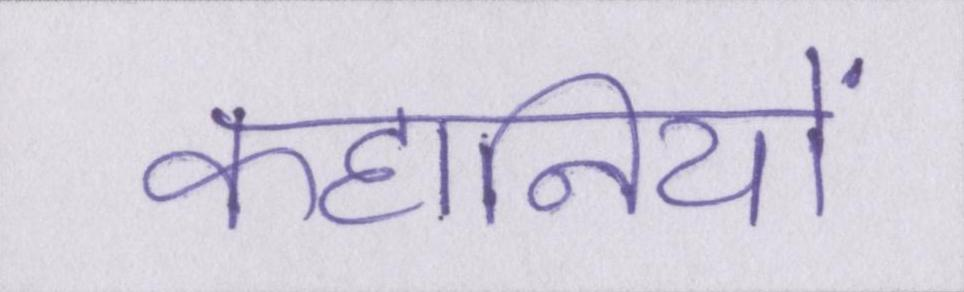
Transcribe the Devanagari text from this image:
कहानियों